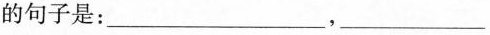
的句子是：___，___